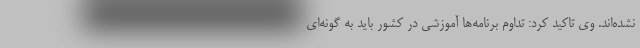
نشده‌اند. وی تاکید کرد: تداوم برنامه‌ها آموزشی در کشور باید به گونه‌ای